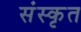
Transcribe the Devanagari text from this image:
संंस्कृृत